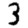
Digit: 3